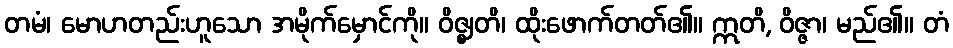
တမံ၊ မောဟတည်းဟူသော အမိုက်မှောင်ကို။ ဝိဇ္ဈတိ၊ ထိုးဖောက်တတ်၏။ ဣတိ, ဝိဇ္ဇာ၊ မည်၏။ တံ